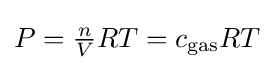
{\textstyle P={\frac {n}{V}}RT=c_{\text{gas}}RT}